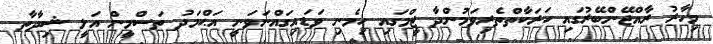
މިހާރު ރާއްޖޭންބޭރުގައި ހަރަކާތްތެރިވަމުންދާ ޓީމްގައި ހިމެނި ވަޑައިގައްނަވަނީ އަޙްމަދު ތަސްމީން އަލީ ޝިދާތާ